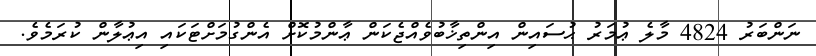
ނަންބަރު 4824 މާލެ ޢުމަރު ޙުސައިން އިންތިޚާބުވެއްޖެކަން ޢާންމުކޮށް އެންގުމަށްޓަކައި އިޢުލާން ކުރަމެވެ.